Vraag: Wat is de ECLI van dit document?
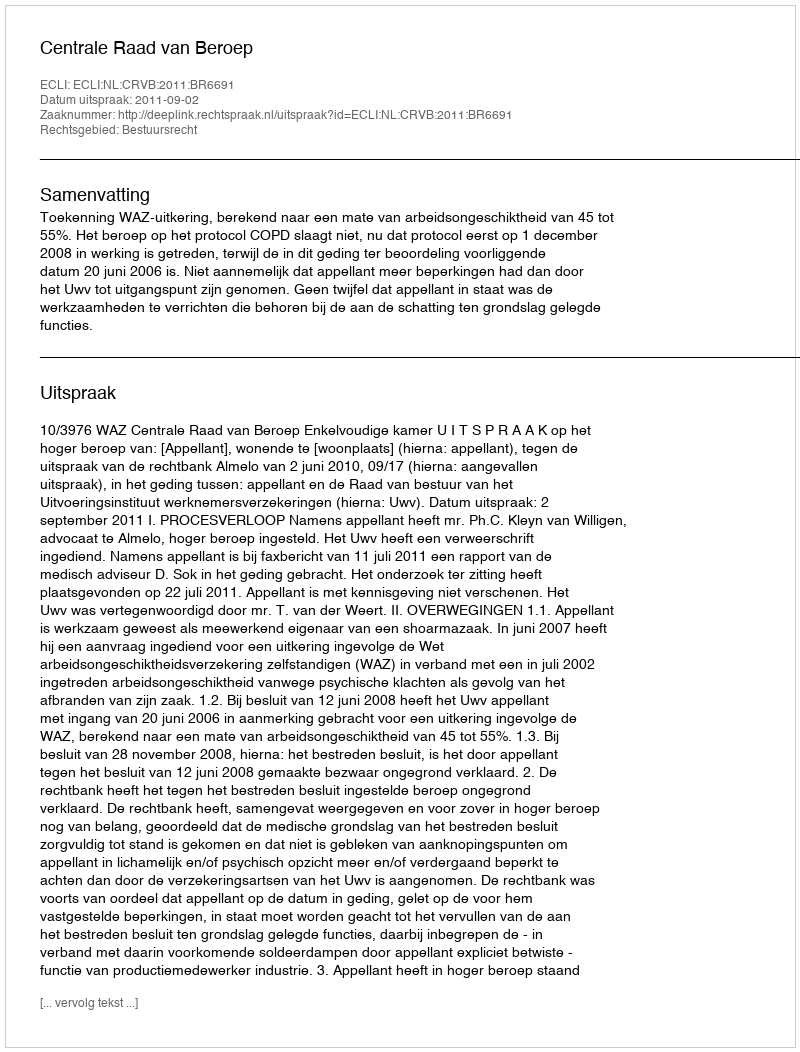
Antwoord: ECLI:NL:CRVB:2011:BR6691